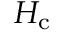
H _ { \mathrm { c } }